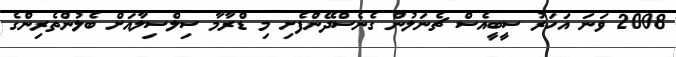
2008 ވަނަ އަހަރު ސީބީއެސް ޗެނަލުން ގެނެސްދޭންފެށި މި ޑްރާމާ ސިލްސިލާއަށް ބެލުންތެރިންގެ